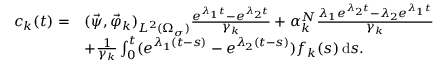
\begin{array} { r l } { c _ { k } ( t ) = } & { ( \vec { \psi } , \vec { \varphi } _ { k } ) _ { L ^ { 2 } ( \Omega _ { \sigma } ) } \frac { e ^ { \lambda _ { 1 } t } - e ^ { \lambda _ { 2 } t } } { \gamma _ { k } } + \alpha _ { k } ^ { N } \frac { \lambda _ { 1 } e ^ { \lambda _ { 2 } t } - \lambda _ { 2 } e ^ { \lambda _ { 1 } t } } { \gamma _ { k } } } \\ & { + \frac { 1 } { \gamma _ { k } } \int _ { 0 } ^ { t } ( e ^ { \lambda _ { 1 } ( t - s ) } - e ^ { \lambda _ { 2 } ( t - s ) } ) f _ { k } ( s ) \, \mathrm d s . } \end{array}